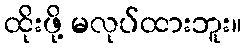
ထိုးဖို့ မလုပ်ထားဘူး။